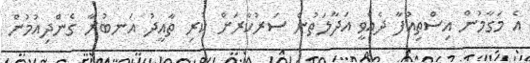
އެ މަގާމުން އިސްތިއުފާ ދެއްވީ އަދާލަތުން ސަރުކާރަށް ކުރި ތާއީދު އަނބުރާ ގެންދިއުމުން